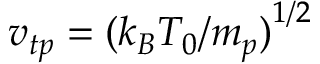
v _ { t p } = { ( k _ { B } T _ { 0 } / m _ { p } ) } ^ { 1 / 2 }